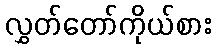
လွှတ်တော်ကိုယ်စား